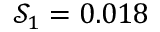
\mathcal { S } _ { 1 } = 0 . 0 1 8